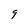
Character: 9